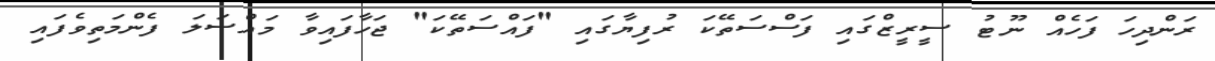
ރަންދިހަ ފަހެއް ނޫޓު ސީރީޒްގައި ފަސްސަތޭކަ ރުފިޔާގައި "ފައްސަތޭކަ" ޖަހާފައިވާ މައްސަލަ ފެންމަތިވެފައި